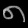
Digit: ၈